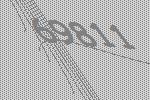
69811